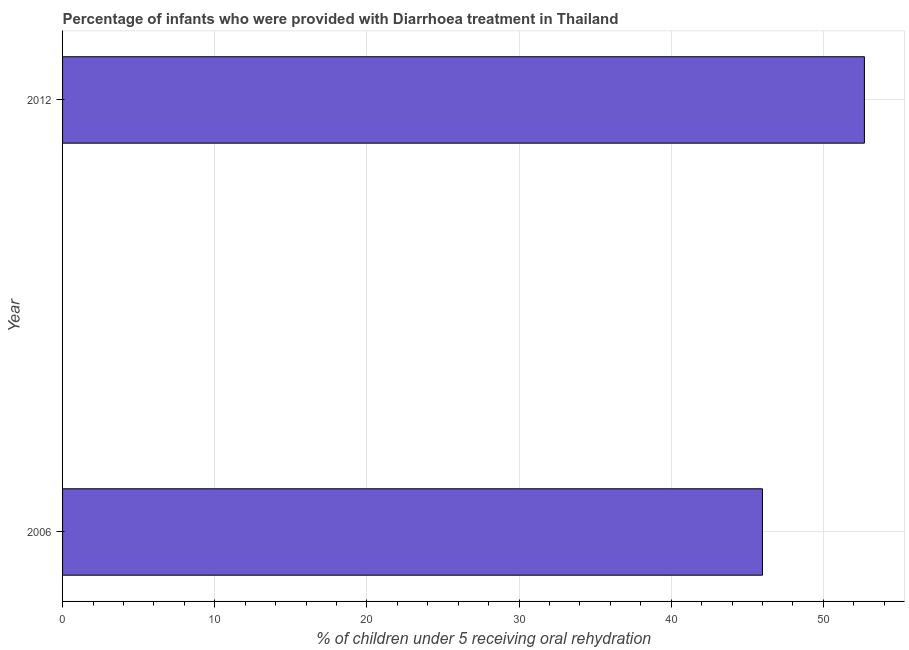
| Year | Diarrhea treatment |
 | --- | --- |
 | 2006 | 46 |
 | 2012 | 52.7 |